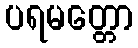
ပရမတ္တော